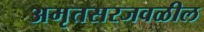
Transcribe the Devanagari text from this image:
अमृतसरजवळील